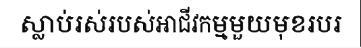
ស្លាប់រស់របស់អាជីវកម្មមួយមុខរបរ